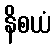
နိစယံ